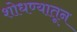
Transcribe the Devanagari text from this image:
शोधण्यातून